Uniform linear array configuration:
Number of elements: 16
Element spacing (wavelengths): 1
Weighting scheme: blackman
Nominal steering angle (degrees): -15
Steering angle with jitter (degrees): -16.691
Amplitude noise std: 0.05
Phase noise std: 0.05

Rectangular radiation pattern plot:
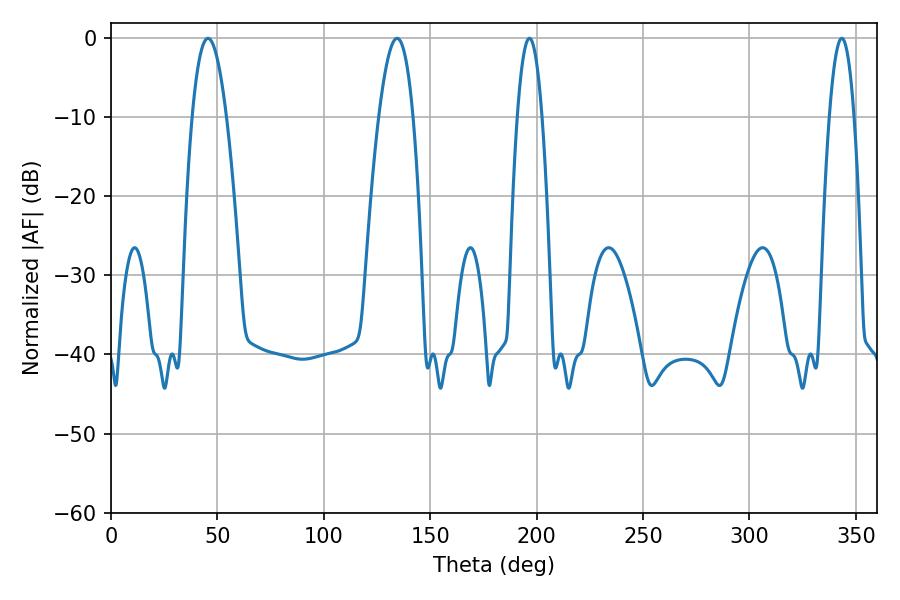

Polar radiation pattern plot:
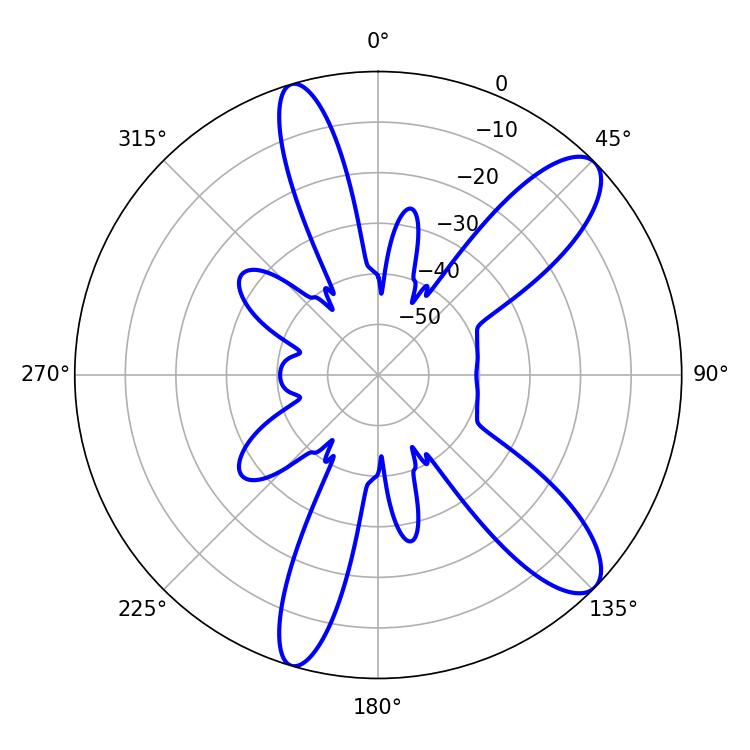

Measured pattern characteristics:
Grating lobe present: TRUE
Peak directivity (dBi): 10.738
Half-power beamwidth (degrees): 8.82
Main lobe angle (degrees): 45.54